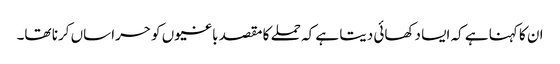
ان کا کہنا ہے کہ ایسا دکھائی دیتا ہے کہ حملے کا مقصد باغیوں کو حراساں کرنا تھا۔